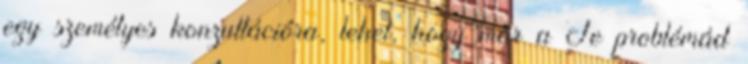
egy személyes konzultációra, lehet, hogy már a Te problémád